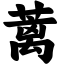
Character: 蓠